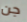
جن